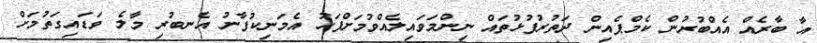
އާ ބާރެއް އެއްބުރުން ކެމްޕެއިން ދަތުރުފުޅުތައް ނިންމަވައިލެއްވުމަށްފަހު އެމަނިކުފާނު އެނބުރި މާލެ ވަޑައިގަތުމަށް